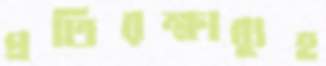
প্রতিরক্ষাব্যুহ